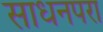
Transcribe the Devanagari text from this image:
साधनपरा